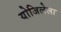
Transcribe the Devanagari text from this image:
योजिलेला